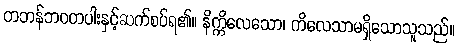
တဘန်ဘဝတပါးနှင့်ဆက်စပ်ရ၏။ နိက္ကိလေသော၊ ကိလေသာမရှိသောသူသည်။